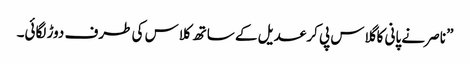
” ناصر نے پانی کا گلاس پی کر عدیل کے ساتھ کلاس کی طرف دوڑ لگائی۔